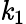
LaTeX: \mathit{k}_{1}